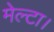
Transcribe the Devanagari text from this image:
मेल्टा।